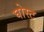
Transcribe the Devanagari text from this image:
घोस्‍ट